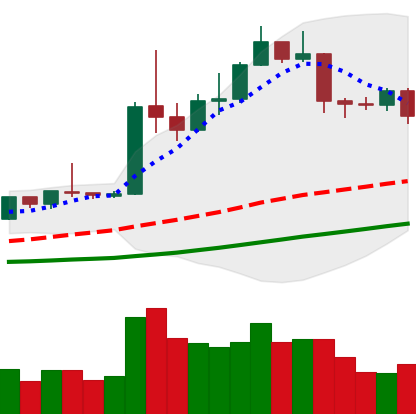
Ticker: ETH-USD
Chart end date: 2019-04-15
Forward return: 7.536%
Label: up_7plus